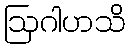
ဩဂါဟသိ